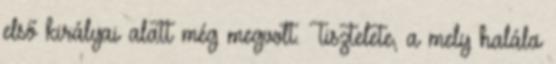
első királyai alatt még megvolt. Tisztelete, a mely halála